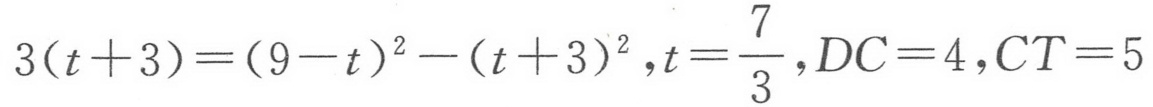
\(3(t + 3)=(9 - t)^{2}-(t + 3)^{2},t=\frac{7}{3},DC = 4,CT = 5\)